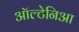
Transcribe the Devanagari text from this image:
ऑल्टेनिआ